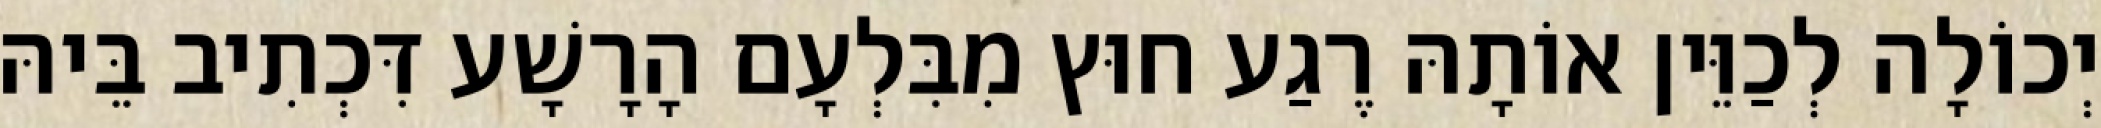
יְכוֹלָה לְכַוֵּין אוֹתָהּ רֶגַע חוּץ מִבִּלְעָם הָרָשָׁע דִּכְתִיב בֵּיהּ